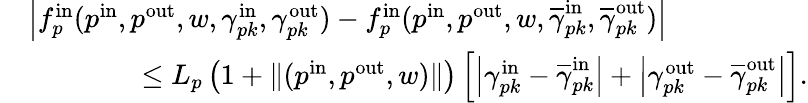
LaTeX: \begin{array}{rl}&{\left|f_{p}^{\mathrm{in}}(p^{\mathrm{in}},p^{\mathrm{out}},w,\gamma_{pk}^{\mathrm{in}},\gamma_{pk}^{\mathrm{out}})-f_{p}^{\mathrm{in}}(p^{\mathrm{in}},p^{\mathrm{out}},w,\overline{{\gamma}}_{pk}^{\mathrm{in}},\overline{{\gamma}}_{pk}^{\mathrm{out}})\right|}\\ &{\qquad\qquad\leq L_{p}\left(1+\| (p^{\mathrm{in}},p^{\mathrm{out}},w)\| \right)\left[\left|\gamma_{pk}^{\mathrm{in}}-\overline{{\gamma}}_{pk}^{\mathrm{in}}\right|+\left|\gamma_{pk}^{\mathrm{out}}-\overline{{\gamma}}_{pk}^{\mathrm{out}}\right|\right].}\end{array}